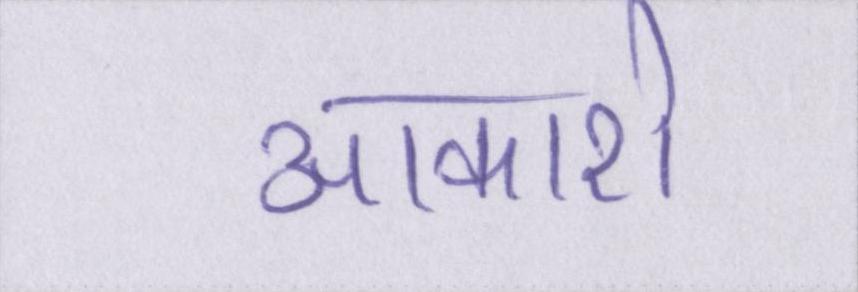
आकाशे